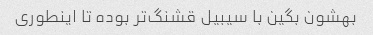
بهشون بگین با سیبیل قشنگ‌تر بوده تا اینطوری